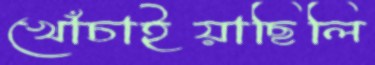
খোঁচাইয়াছিলি